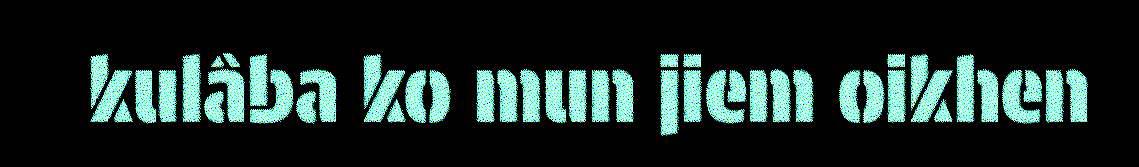
kulâba ko mun jiem oikhen